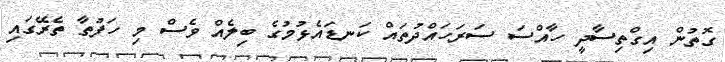
ގޮތުން އިގްތިސާދީ ހާއްސަ ސަރަހައްދުތައް ކަނޑައެޅުމުގެ ބިލެއް ވެސް މި ހަފުތާ ތެރޭގައި